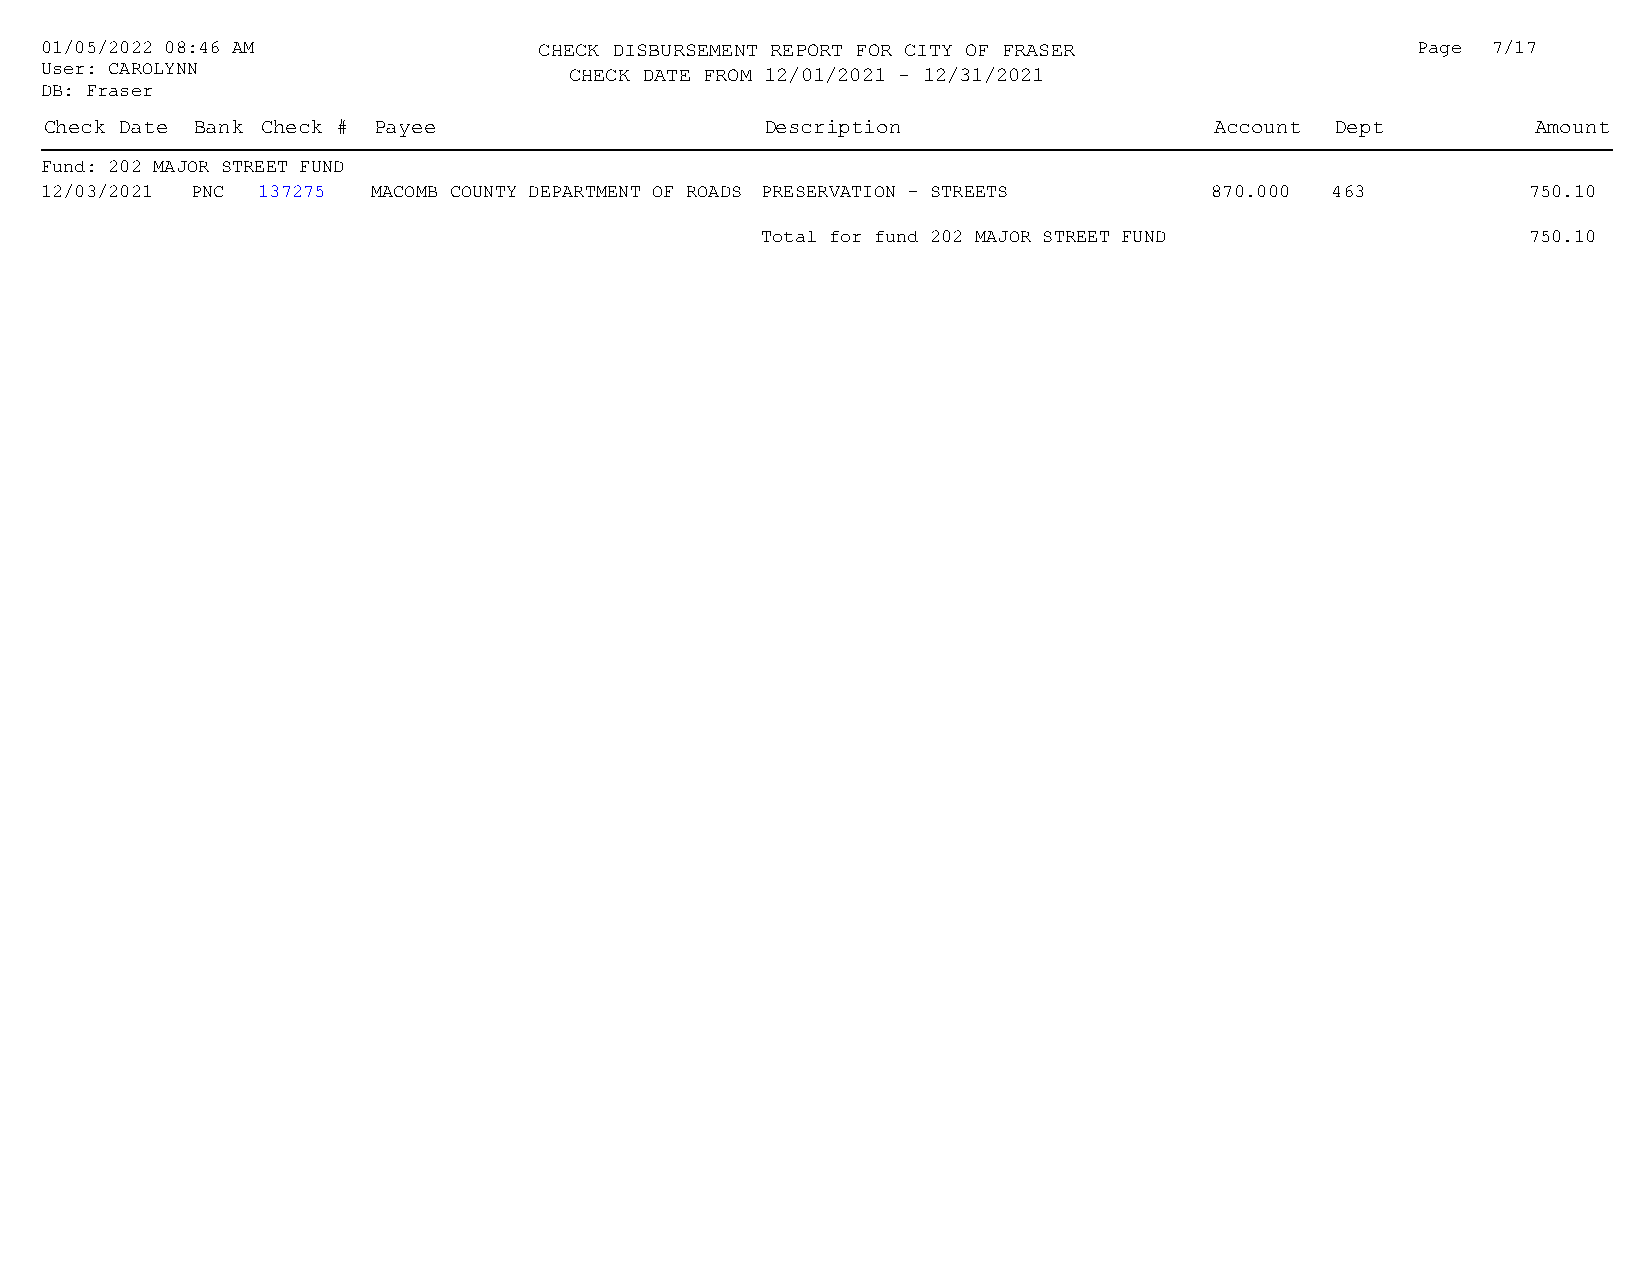
01/05/2022 08:46 AM              CHECK DISBURSEMENT REPORT FOR CITY OF FRASER              Page 7/17
 User: CAROLYNN                     CHECK DATE FROM 12/01/2021 - 12/31/2021                 :
 DB: Fraser
 Check Date Bank Check # Payee                   Description                  Account Dept          Amount
 Fund: 202 MAJOR STREET FUND
 12/03/2021 PNC 137275 MACOMB COUNTY DEPARTMENT OF ROADS PRESERVATION - STREETS 870.000 463        750.10
 Total for fund 202 MAJOR STREET FUND               750.10